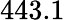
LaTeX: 443.1